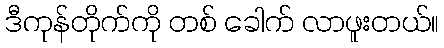
ဒီကုန်တိုက်ကို တစ် ခေါက် လာဖူးတယ်။